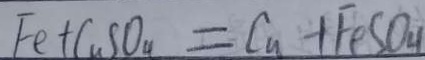
F e + C u S O _ { 4 } = C u + F e S O _ { 4 }